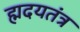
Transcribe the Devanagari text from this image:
ह्मदयतंत्र